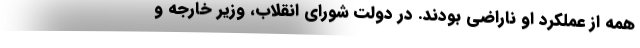
همه از عملکرد او ناراضی بودند. در دولت شورای انقلاب، وزیر خارجه و